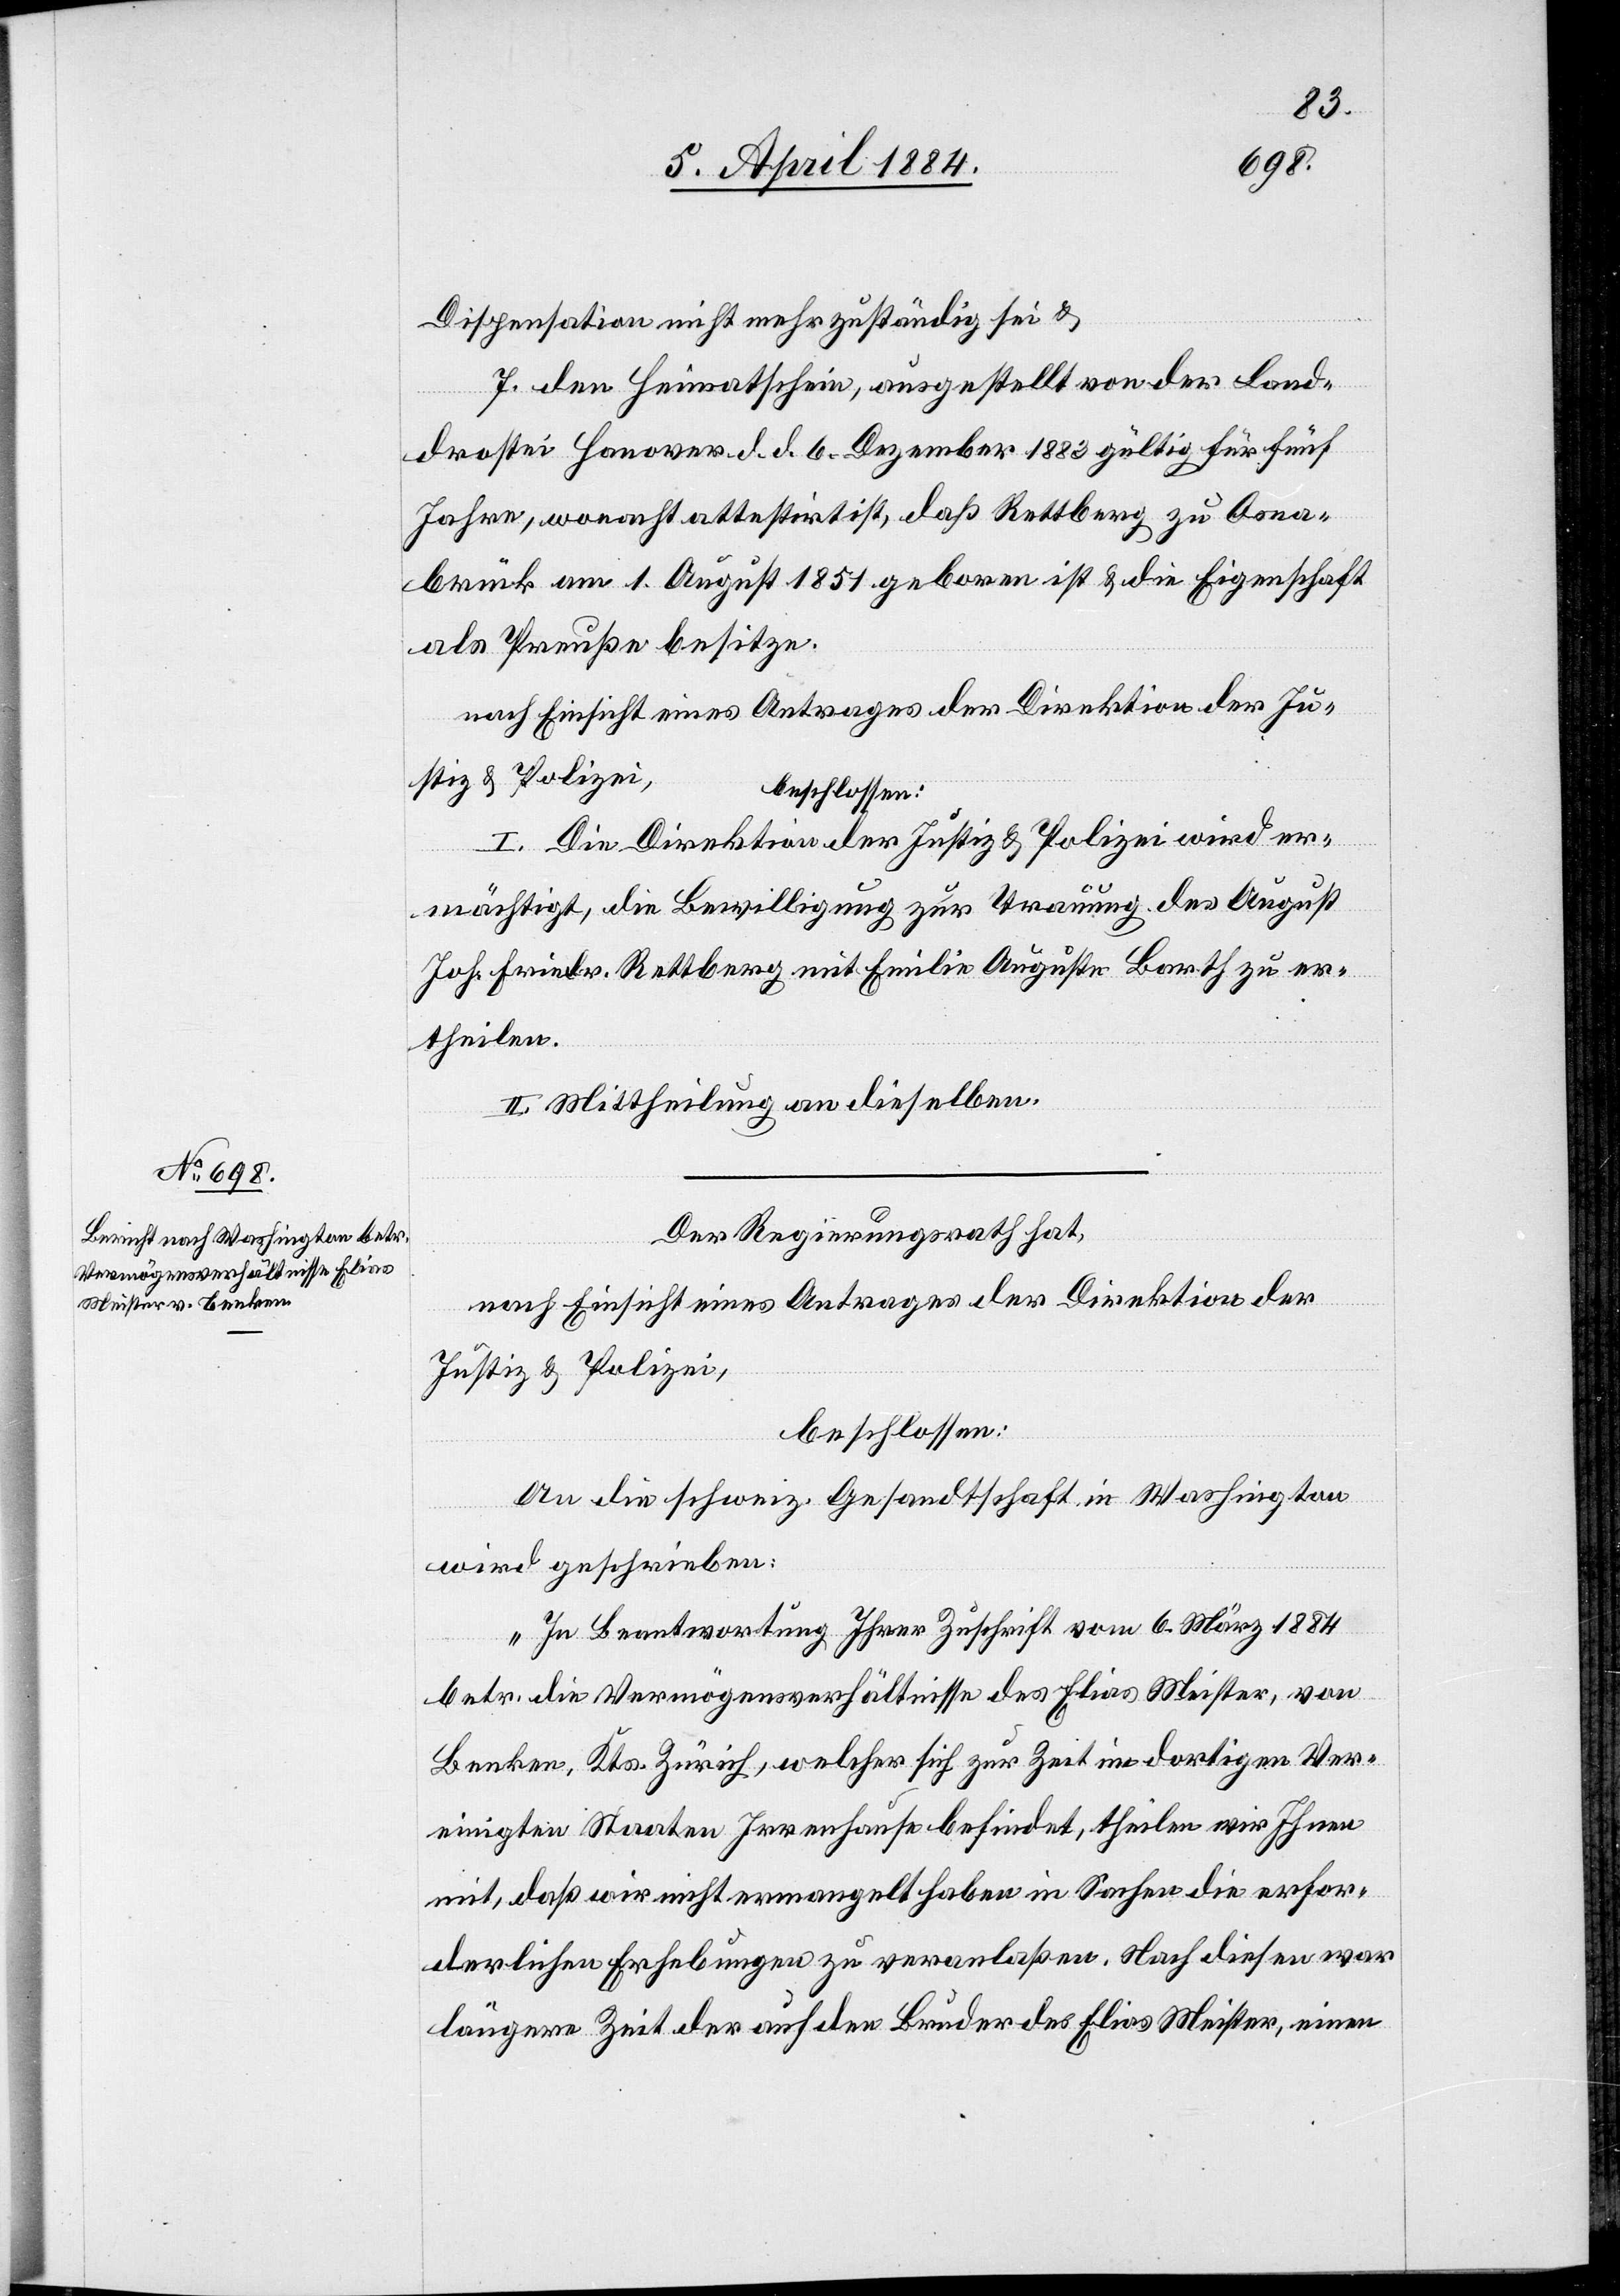
Dispensation nicht mehr zuständig sei &
7. den Heimathschein, ausgestellt von der Land¬
drostei Hanover d. d. 6. Dezember 1883 gültig für fünf
Jahre, wonacht attestirt ist, daß Rettberg zu Osna¬
brück am 1. August 1851 geboren ist & die Eigenschaft
als Preuße besitze.
I. Die Direktion der Justiz & Polizei wird er¬
mächtigt, die Bewilligung zur Trauung des August
Joh. Friedr. Rettberg mit Emilie Auguste Barth zu er¬
theilen.
II. Mittheilung an dieselben.
Der Regierungsrath hat,
nach Einsicht eines Antrages der Direktion der
Justiz & Polizei,
beschlossen:
An die schweiz. Gesandtschaft in Washington
wird geschrieben:
„In Beantwortung Ihrer Zuschrift vom 6. März 1884
betr. die Vermögensverhältnisse des Elias Meister, von
Benken, Kts. Zürich, welcher sich zur Zeit in dortigen Ver¬
einigten Staaten Irrenhause [sic!] befindet, theilen wir Ihnen
mit, daß wir nicht ermangelt haben in Sachen die erfor¬
derlichen Erhebungen zu veranlaßen. Nach diesen war
längere Zeit der auf den Bruder des Elias Meister, einen